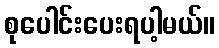
စုပေါင်းပေးရပါ့မယ်။